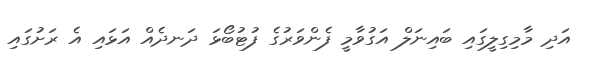
އަދި މާމިގިލީގައި ބައިނަލް އަގުވާމީ ފެންވަރުގެ ފުޓުބޯޅަ ދަނދެއް އަޅައި އެ ރަށުގައި